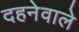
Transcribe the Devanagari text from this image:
दहनेवाले